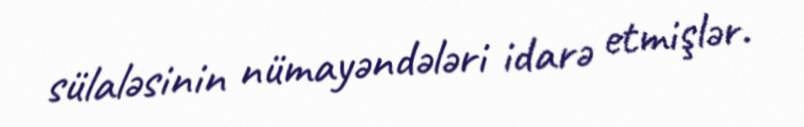
sülaləsinin nümayəndələri idarə etmişlər.